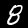
Digit: 8